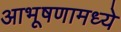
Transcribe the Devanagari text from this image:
आभूषणामध्ये